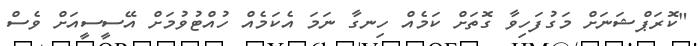
"ކޮރަޕްޝަނަށް މަގުފަހިވާ ގޮތަށް ކަމެއް ހިނގާ ނަމަ އެކަމެއް ހުއްޓުވުމަށް އޭސީސީއަށް ވެސް